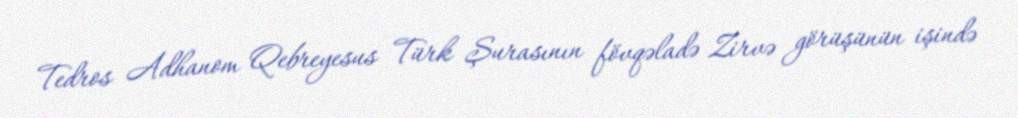
Tedros Adhanom Qebreyesus Türk Şurasının fövqəladə Zirvə görüşünün işində